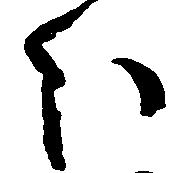
ほ